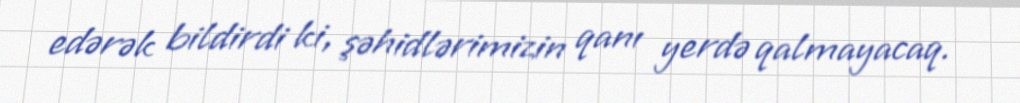
edərək bildirdi ki, şəhidlərimizin qanı yerdə qalmayacaq.